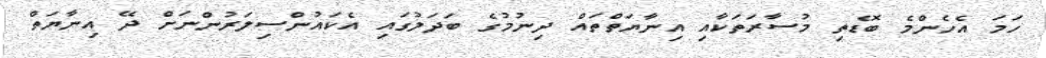
ހަމަ އެހެންމެ ބޮޑެތި މުސާރަތަކާއި އިނާޔަތްތައް ދިނުމުގެ ބަދަލުގައި އެކައުންސިލަރުންނަށް ދޭ އިނާޔަތް